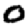
Digit: 0